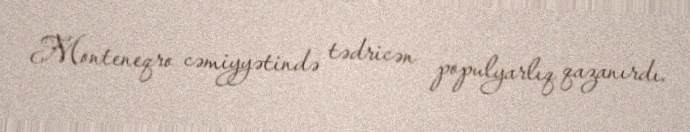
Monteneqro cəmiyyətində tədricən populyarlıq qazanırdı.